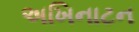
અખિનાટન